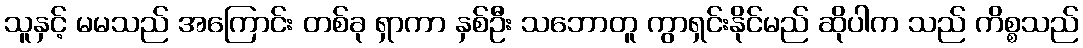
သူနှင့် မမသည် အကြောင်း တစ်ခု ရှာကာ နှစ်ဦး သဘောတူ ကွာရှင်းနိုင်မည် ဆိုပါက သည် ကိစ္စသည်